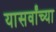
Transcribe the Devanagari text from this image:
यासर्वांच्या